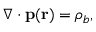
\nabla \cdot \mathbf { p } ( \mathbf { r } ) = \rho _ { b } ,